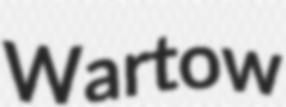
Wartow